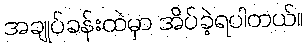
အချုပ်ခန်းထဲမှာ အိပ်ခဲ့ရပါတယ်။